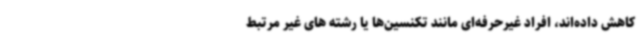
کاهش داده‌اند، افراد غیرحرفه‌ای مانند تکنسین‌ها یا رشته های غیر مرتبط